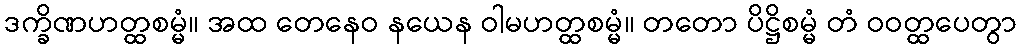
ဒက္ခိဏဟတ္ထစမ္မံ။ အထ တေနေဝ နယေန ဝါမဟတ္ထစမ္မံ။ တတော ပိဋ္ဌိစမ္မံ တံ ဝဝတ္ထပေတွာ